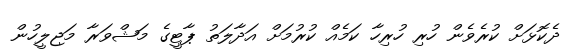
ދެކޮޅަށް ކުރެވެން ހުރި ހުރިހާ ކަމެއް ކުރުމަށް އަދާލަތު ޕާޓީގެ މަޝްވަރާ މަޖިލީހުން